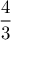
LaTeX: \frac { 4 } { 3 }